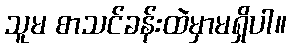
သူမ စာသင်ခန်းထဲမှာမရှိပါ။